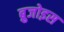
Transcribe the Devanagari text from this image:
ब्रुजोइस